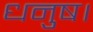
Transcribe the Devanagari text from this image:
धनुष।